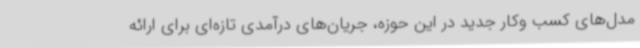
مدل‌های کسب وکار جدید در این حوزه، جریان‌های درآمدی تازه‌ای برای ارائه